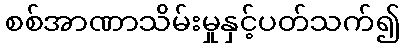
စစ်အာဏာသိမ်းမှုနှင့်ပတ်သက်၍